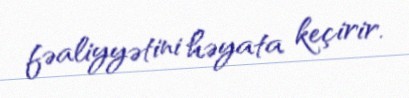
fəaliyyətini həyata keçirir.